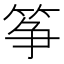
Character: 筝